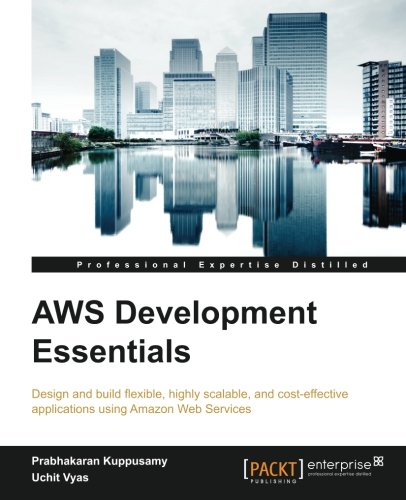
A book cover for AWS Development Essentials; Prabhakaran Kuppusamy; Computers & Technology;